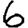
Digit: 6